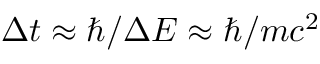
\Delta t \approx \hbar / \Delta E \approx \hbar / m c ^ { 2 }